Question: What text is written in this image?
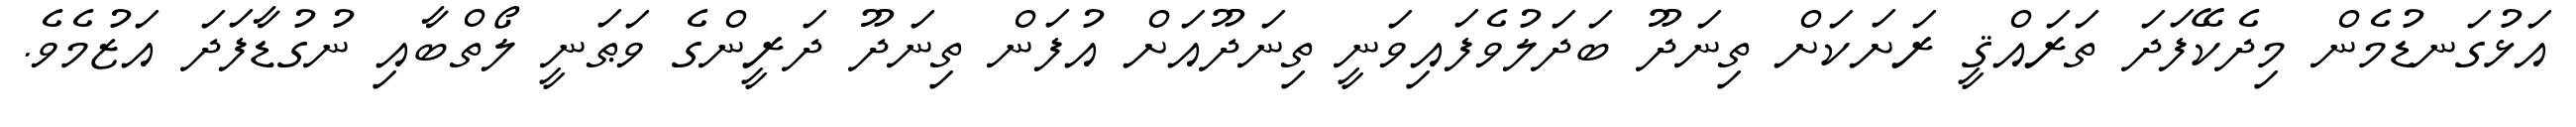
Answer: އަޅުގަނޑުމެން މިދެކޭފަދަ ތަރައްޤީ ރަށަކަށް ތިނަދޫ ބަދަލުވެފައިވަނީ ތިނަދޫއަށް އުފަން ތިނަދޫ ދަރީންގެ ވަޠަނީ ލޯތްބާއި ނުގުޑާފަދަ އަޒުމެވެ.